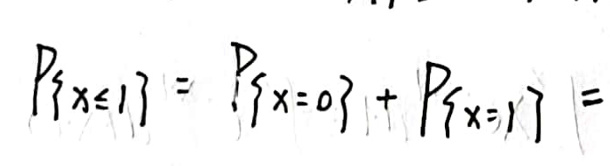
\[
P_{\{x\leq1\}} = P_{\{x = 0\}}+P_{\{x = 1\}}=
\]